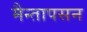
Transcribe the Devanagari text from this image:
मैन्तापसन